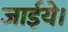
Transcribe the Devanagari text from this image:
जाईये।